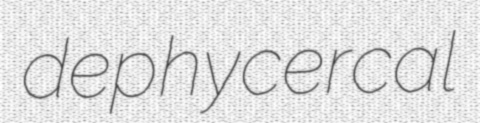
dephycercal